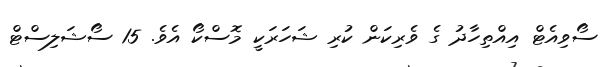
ސޯވިއެޓް އިއްތިހާދު ގެ ވެރިކަން ކުރި ޝަހަރަކީ މޮސްކޯ އެވެ. 15 ސޯޝަލިސްޓް